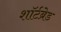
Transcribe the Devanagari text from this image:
शॉर्टब्रेड